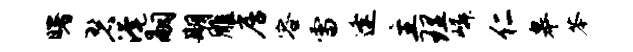
曙碧淹嗣期雕居容雷逢主理嶙仁皋苓